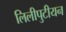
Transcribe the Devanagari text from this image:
लिलीपुटीयन